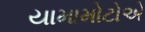
યામામોટોએ